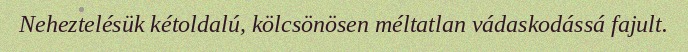
Neheztelésük kétoldalú, kölcsönösen méltatlan vádaskodássá fajult.